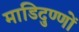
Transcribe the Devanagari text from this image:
माडिदुण्णों